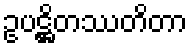
ဥပဋ္ဌိတဿတိတာ